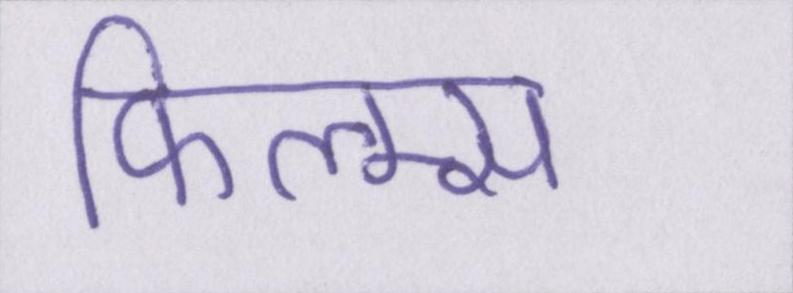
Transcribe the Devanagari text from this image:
फिल्म्स